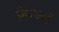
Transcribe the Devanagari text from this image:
सिंन्धयों